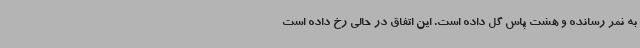
به ثمر رسانده و هشت پاس گل داده است. این اتفاق در حالی رخ داده است